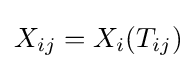
X_{ij}=X_{i}(T_{ij})